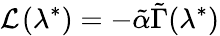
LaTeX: \mathcal{L}_{\textrm{}}(\lambda^{*})=-\tilde{\alpha}\tilde{\Gamma}(\lambda^{*})